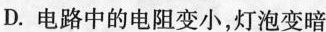
D.电路中的电阻变小，灯泡变暗